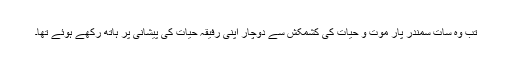
تب وہ سات سمندر پار موت و حیات کی کشمکش سے دوچار اپنی رفیقۂ حیات کی پیشانی پر ہاتھ رکھے ہوئے تھا۔